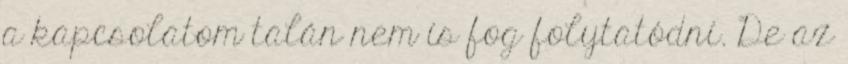
a kapcsolatom talán nem is fog folytatódni. De az